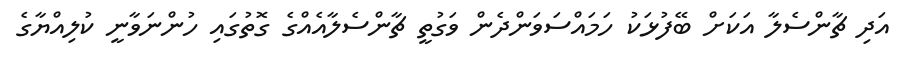
އަދި ޗާންސެލާ އަކަށް ބޭފުޅަކު ހަމައްސަވަންދެން ވަގުތީ ޗާންސެލާއެއްގެ ގޮތުގައި ހުންނަވާނީ ކުލިއްޔާގެ